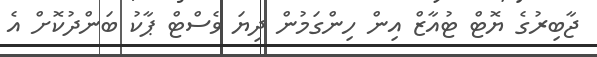
ޖާބިރުގެ ޔޮޓް ޓުއާޒް އިން ހިންގަމުން ދިޔަ ވެސްޓް ޕާކު ބަންދުކޮށް އެ